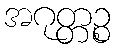
အဂုတ္တဉ္စ